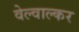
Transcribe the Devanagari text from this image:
वेल्वाल्कर